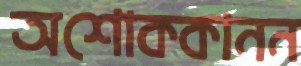
অশোককানন